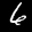
Label: 6